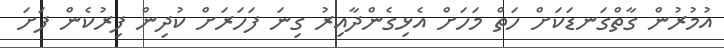
އުމުރުން ގާތްގަނޑަަކަށް ހަތް މަހަށް އެޅިގެންދާއިރު ގިނަ ފަހަރަށް ކުދިން ފިރުކެން ފަށަ